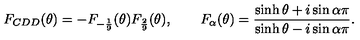
F _ { C D D } ( \theta ) = - F _ { - \frac { 1 } { 9 } } ( \theta ) F _ { \frac { 2 } { 9 } } ( \theta ) , \qquad F _ { \alpha } ( \theta ) = { \frac { \sinh \theta + i \sin \alpha \pi } { \sinh \theta - i \sin \alpha \pi } } .